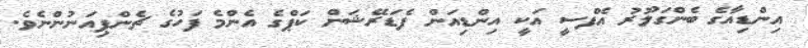
އިންޑިއާގެ ބެންގަލޫރު އެފްސީ އަކީ އިންޑިއަން ފެޑަރޭޝަން ކަޕްގެ އެންމެ ފަހުގެ ޗެންޕިއަނުންނެވެ.